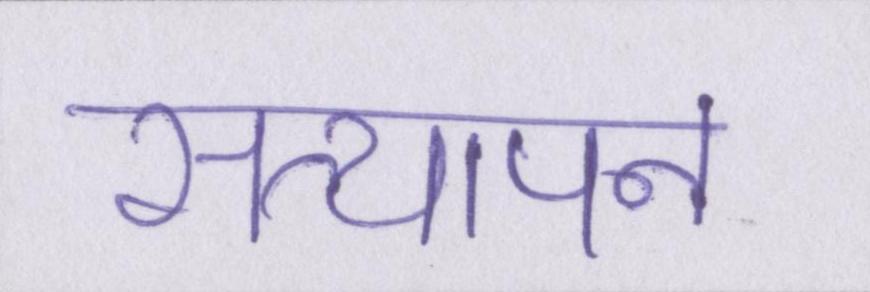
सत्यापन